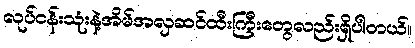
လုပ်ငန်းသုံးနဲ့အိမ်အလှဆင်ထီးကြီးတွေလည်းရှိပါတယ်။